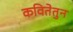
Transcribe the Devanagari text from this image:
कवितेतुन